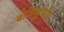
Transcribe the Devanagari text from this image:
बोधिकुमार